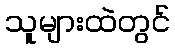
သူများထဲတွင်